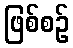
ဖြစ်စဉ်